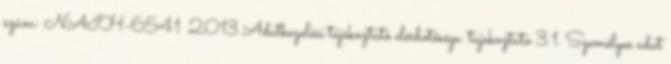
szám: NAIH-6541 2013 Adatkezelési tájékoztató elérhetősége: tajekoztato 3.1. Személyes adat